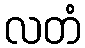
လတံ